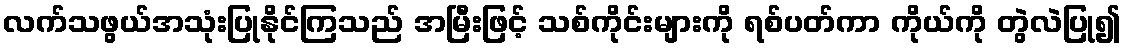
လက်သဖွယ်အသုံးပြုနိုင်ကြသည် အမြီးဖြင့် သစ်ကိုင်းများကို ရစ်ပတ်ကာ ကိုယ်ကို တွဲလဲပြု၍